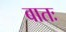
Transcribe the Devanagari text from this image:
बातः